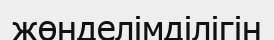
жөнделімділігін